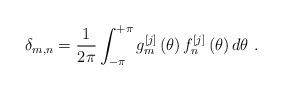
LaTeX: \begin{align*}\delta_{m,n}=\frac{1}{2\pi}\int_{-\pi}^{+\pi}g_{m}^{\left[ j\right] }\left(\theta\right) f_{n}^{\left[ j\right] }\left( \theta\right) d\theta\ .\end{align*}